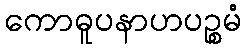
ကောဓူပနာဟပဉ္စမံ